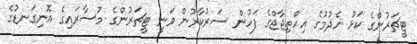
ޓީޗަރުންގެ ކަޅު ހެދުމުގެ އިހްތިޖާޖްގެ ފަހުން ސަރުކާރުން ވަނީ ޓީޗަރުންގެ މުސާރައިގެ އޮނިގަނޑުގެ